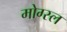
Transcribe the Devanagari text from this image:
मोग्स्ल